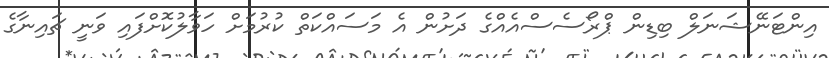
އިންޓަނޭޝަނަލް ބިޑިން ޕްރޯސެސްއެއްގެ ދަށުން އެ މަސައްކަތް ކުރުމަށް ހަވާލުކޮށްފައި ވަނީ ޗައިނާގެ